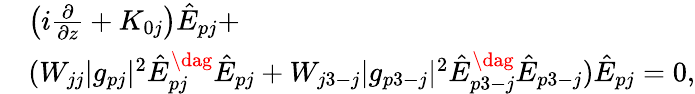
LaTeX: \begin{array}{rl}&{\left(i\frac{\partial}{\partial z}+K_{0j}\right)\hat{E}_{pj}+}\\ &{(W_{jj}|g_{pj}|^{2}\hat{E}_{pj}^{\dag}\hat{E}_{pj}+W_{j3-j}|g_{p3-j}|^{2}\hat{E}_{p3-j}^{\dag}\hat{E}_{p3-j})\hat{E}_{pj}=0,}\end{array}